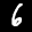
Label: 6